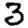
Digit: 3